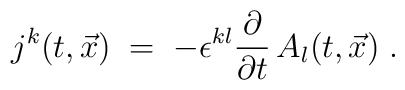
j^k (t,{\vec x}) \;=\; - \epsilon^{kl} \frac{\partial}{\partial t}\, A_l (t,{\vec x})\;.